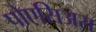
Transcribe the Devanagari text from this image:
पोएसिअस